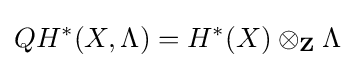
QH^{*}(X,\Lambda )=H^{*}(X)\otimes _{\mathbf {Z} }\Lambda